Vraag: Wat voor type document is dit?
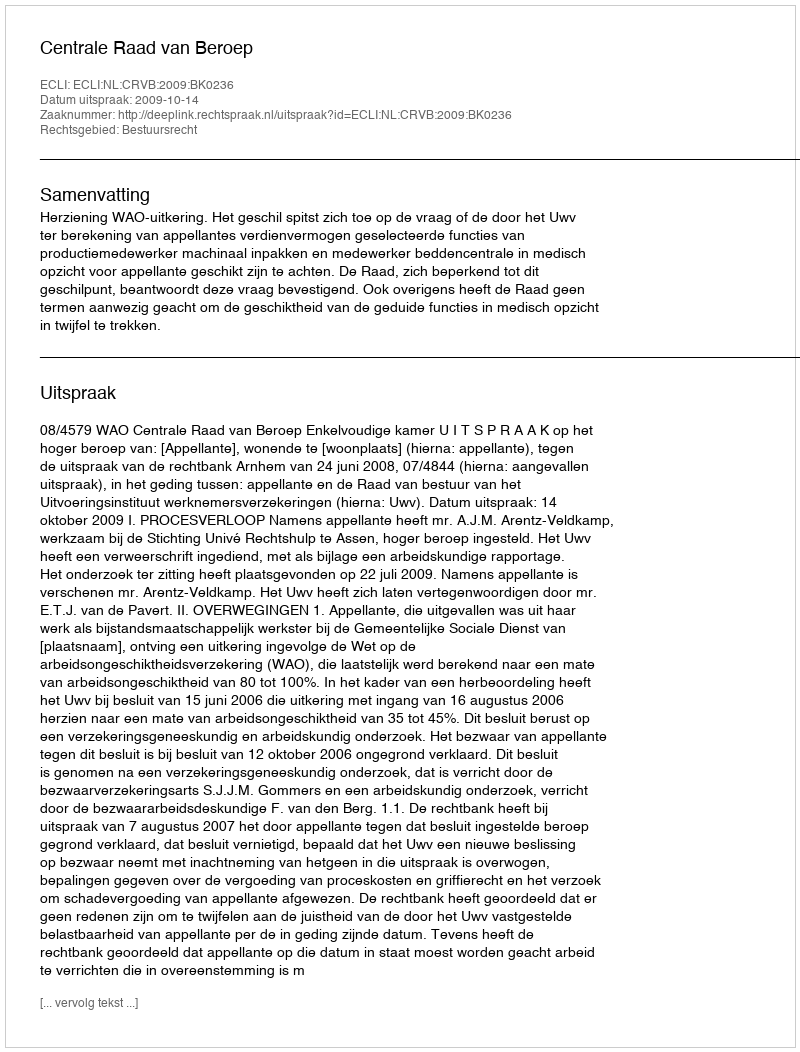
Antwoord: Uitspraak